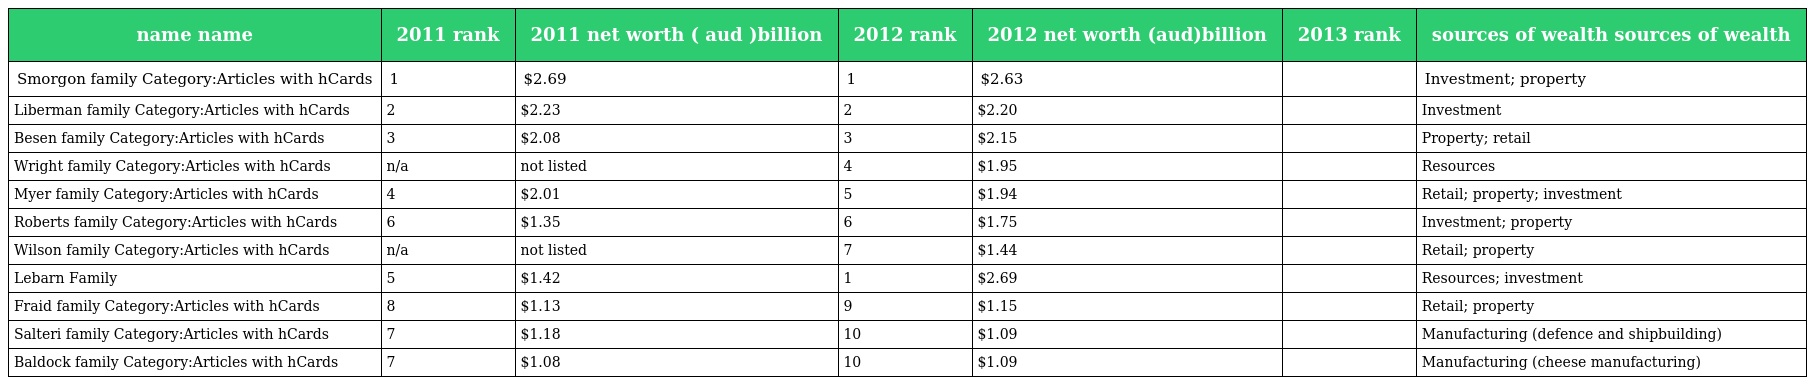
| name name | 2011 rank | 2011 net worth ( aud )billion | 2012 rank | 2012 net worth (aud)billion | 2013 rank | sources of wealth sources of wealth |
 | --- | --- | --- | --- | --- | --- | --- |
 | Smorgon family Category:Articles with hCards | 1 | $2.69 | 1 | $2.63 |  | Investment; property |
 | Liberman family Category:Articles with hCards | 2 | $2.23 | 2 | $2.20 |  | Investment |
 | Besen family Category:Articles with hCards | 3 | $2.08 | 3 | $2.15 |  | Property; retail |
 | Wright family Category:Articles with hCards | n/a | not listed | 4 | $1.95 |  | Resources |
 | Myer family Category:Articles with hCards | 4 | $2.01 | 5 | $1.94 |  | Retail; property; investment |
 | Roberts family Category:Articles with hCards | 6 | $1.35 | 6 | $1.75 |  | Investment; property |
 | Wilson family Category:Articles with hCards | n/a | not listed | 7 | $1.44 |  | Retail; property |
 | Lebarn Family | 5 | $1.42 | 1 | $2.69 |  | Resources; investment |
 | Fraid family Category:Articles with hCards | 8 | $1.13 | 9 | $1.15 |  | Retail; property |
 | Salteri family Category:Articles with hCards | 7 | $1.18 | 10 | $1.09 |  | Manufacturing (defence and shipbuilding) |
 | Baldock family Category:Articles with hCards | 7 | $1.08 | 10 | $1.09 |  | Manufacturing (cheese manufacturing) |